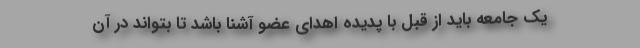
یک جامعه باید از قبل با پدیده اهدای عضو آشنا باشد تا بتواند در آن